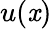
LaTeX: u(\mathit{x})